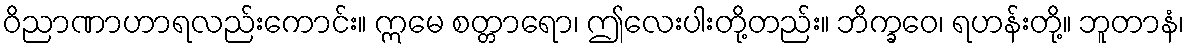
ဝိညာဏာဟာရလည်းကောင်း။ ဣမေ စတ္တာရော၊ ဤလေးပါးတို့တည်း။ ဘိက္ခဝေ၊ ရဟန်းတို့။ ဘူတာနံ၊